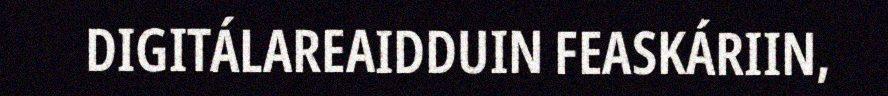
DIGITÁLAREAIDDUIN FEASKÁRIIN,